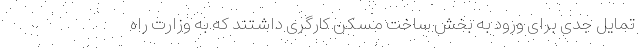
تمایل جدی برای ورود به بخش ساخت مسکن کارگری داشتند که به وزارت راه